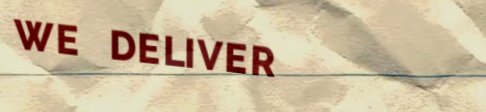
WE DELIVER